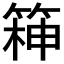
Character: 𮅧